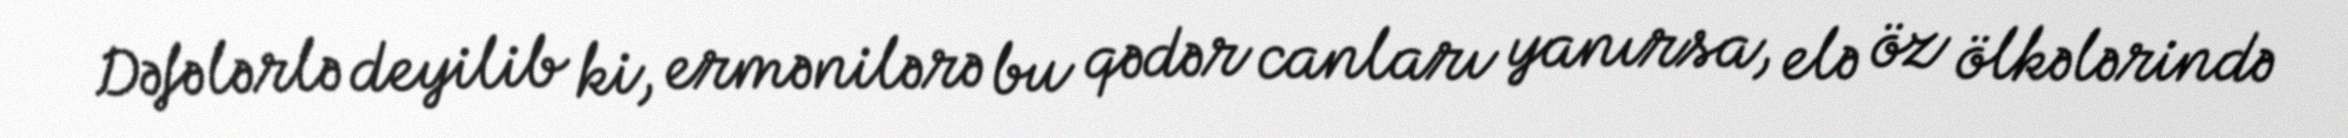
Dəfələrlə deyilib ki, ermənilərə bu qədər canları yanırsa, elə öz ölkələrində